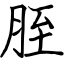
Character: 胵